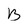
Character: B